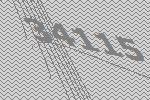
34115